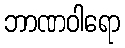
ဘာဏဝါရော